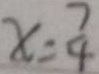
x = \frac { 7 } { 4 }